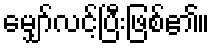
မျှော်လင့်ပြီးဖြစ်၏။